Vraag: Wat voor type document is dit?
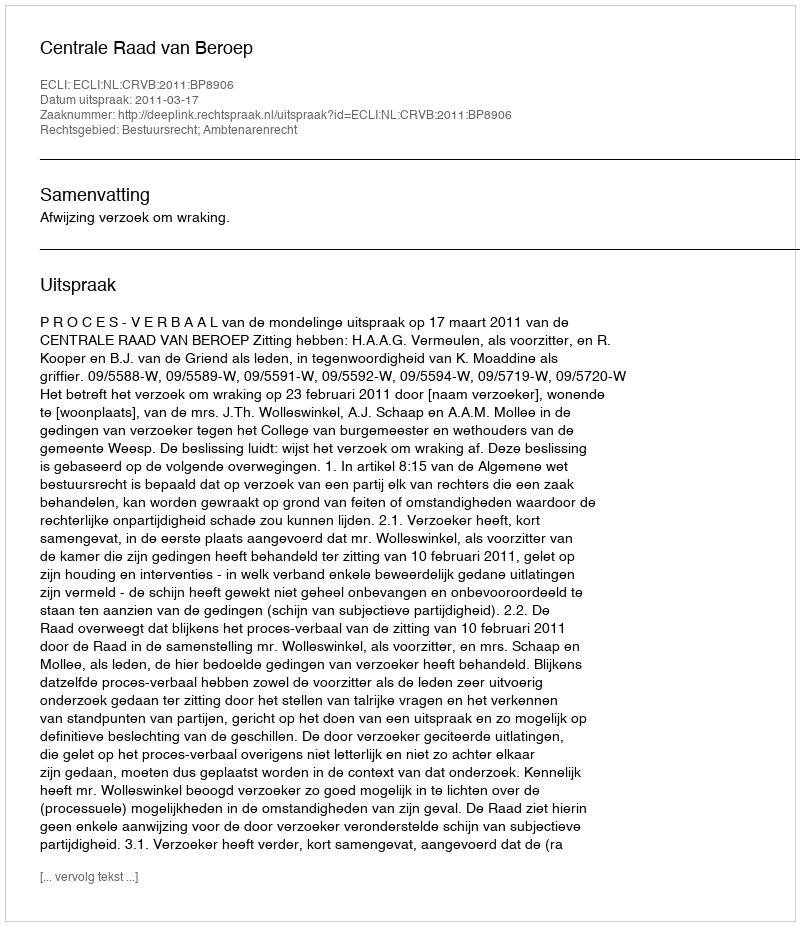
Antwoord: Uitspraak